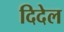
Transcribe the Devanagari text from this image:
दिदेल